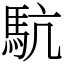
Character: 䭺